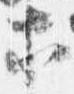
等